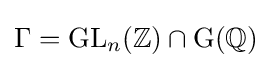
\Gamma =\mathrm {GL} _{n}(\mathbb {Z} )\cap \mathrm {G} (\mathbb {Q} )